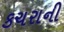
કચરાની